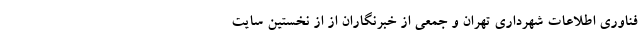
فناوری اطلاعات شهرداری تهران و جمعی از خبرنگاران از از نخستین سایت